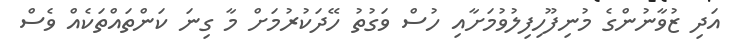
އަދި ޒުވާނުންގެ މުނިފޫހިފިލުވުމަށާއި ހުސް ވަގުތު ހޭދަކުރުމަށް މާ ގިނަ ކަންތައްތަކެއް ވެސް